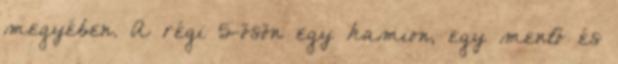
megyében. A régi 5-ösön egy kamion, egy mentő és